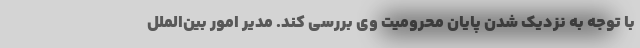
با توجه به نزدیک شدن پایان محرومیت وی بررسی کند. مدیر امور بین‌الملل